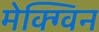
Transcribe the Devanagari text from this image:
मेक्ग्विन